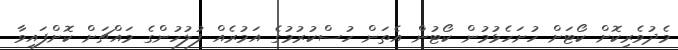
މެދުވެރިކޮށް ކޯޓަށް ހުށަހެޅުމުން ކޯޓުން އެތަން ހުސްކުރުމުގެ އަމުރެއް ފުލުހުންގެ މައްޗަށް ކޮށްފައިވާ